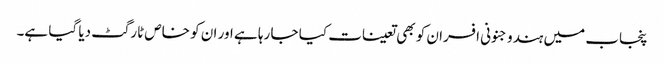
پنجاب میں ہندو جنونی افسران کو بھی تعینات کیا جا رہا ہے اور ان کو خاص ٹارگٹ دیا گیا ہے۔